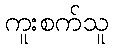
ကူးစက်သူ